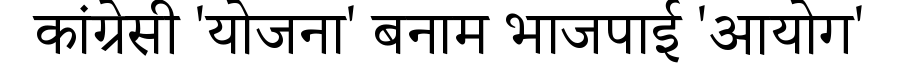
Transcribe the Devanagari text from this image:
कांग्रेसी 'योजना' बनाम भाजपाई 'आयोग'